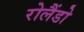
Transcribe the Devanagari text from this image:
रोलैंडो